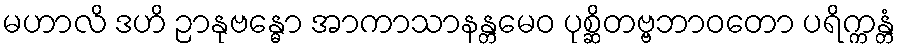
မဟာလိ ဒဟိ ဉာနုဗန္ဓော အာကာသာနန္တမေဝ ပုစ္ဆိတဗ္ဗဘာဝတော ပရိက္ကန္တံ